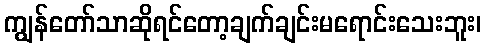
ကျွန်တော်သာဆိုရင်တော့ချက်ချင်းမရောင်းသေးဘူး၊